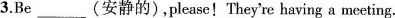
3. Be ___(安静的),please!They're having a meeting.